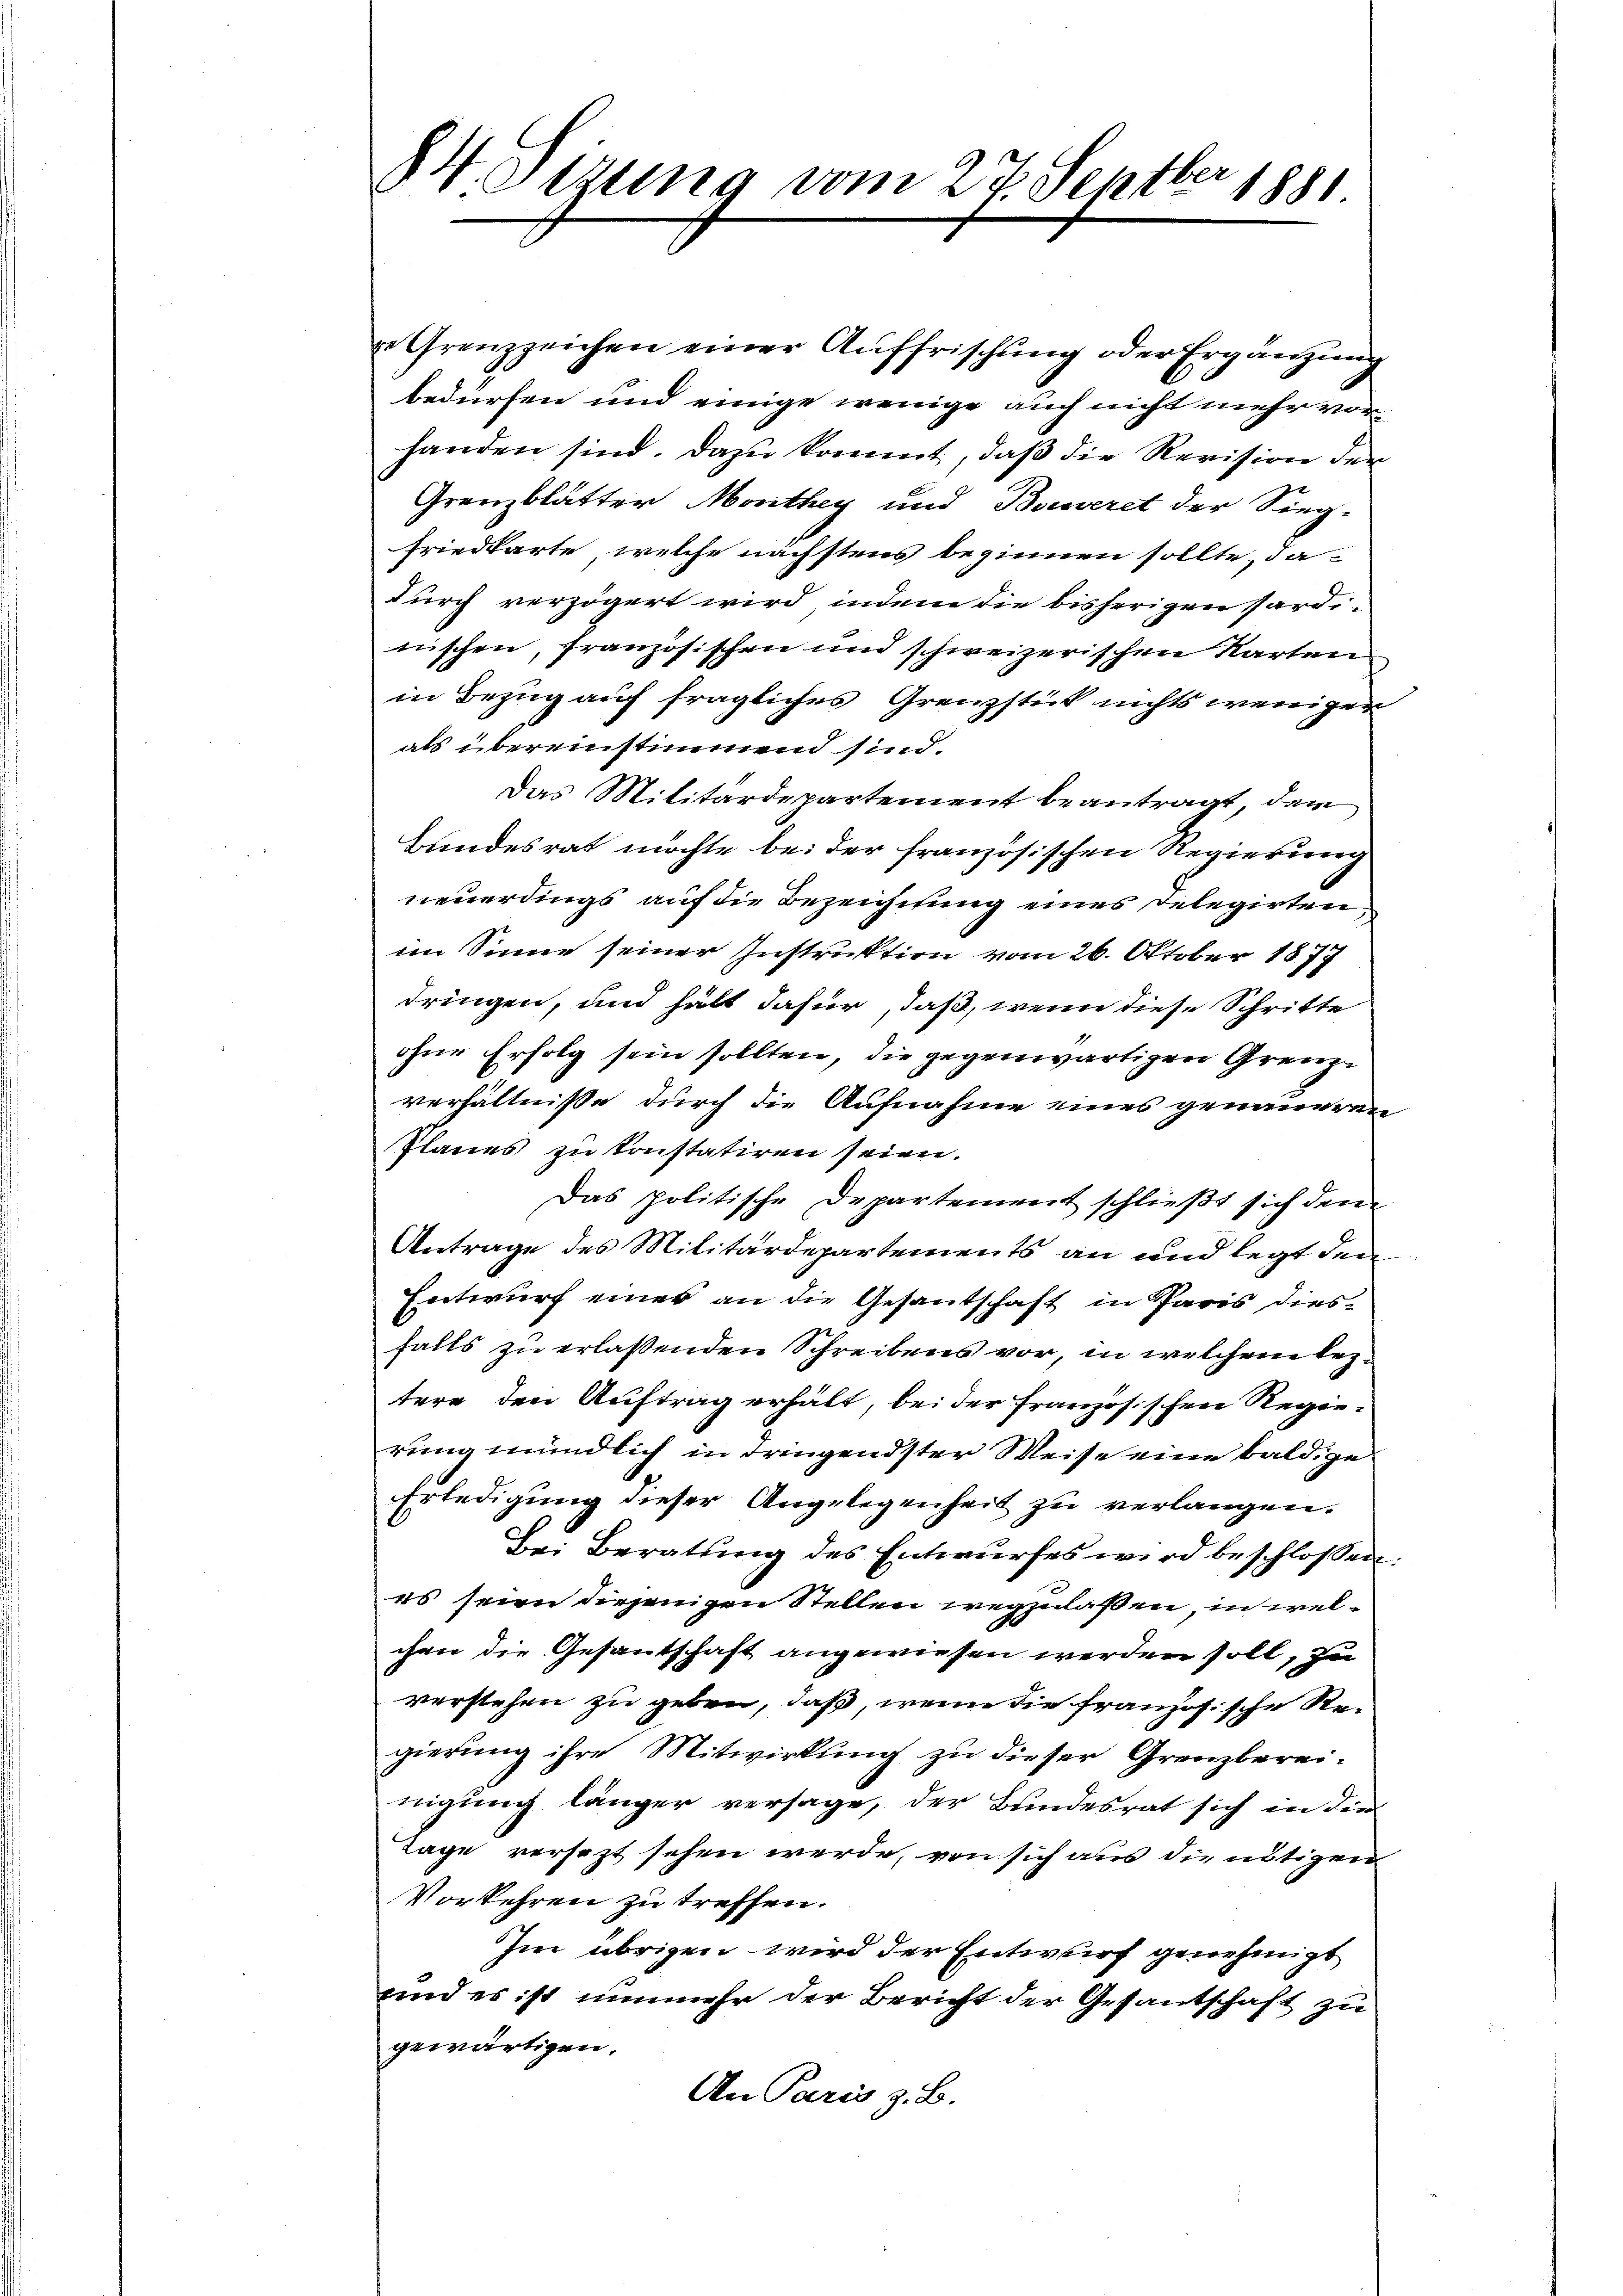
84. Stzung vom 27. Septber 1881

Grenzzeichen einer Aŭffrischŭng oder Ergänzŭng
bedürfen und einige wenige auch nicht mehr vor
handen sind. Dazu kommt, daß die Revision der
Grenzblätter Monthey und Beweret der Sieg-
Friedkarte, welche nächstens beginnen sollte, da-
durch verzögert wird, indem die bisherigen Pardi-
nischen, französischen und schweizerischen Karten
in Bezug auf fragliches Grenzstück nichts weniger
als übereinstimmend sind.
Das Militärdepartement beantragt, der
Bundesrat möchte bei der französischen Regierung
neuerdings auf die Bezeichtung eines Delegirten,
im Sinne seiner Instruktion vom 26. Oktober 1877
dringen, und hält dafür, daß, wenn diese Schritte
ohne Erfolg sein sollten, die gegenwärtigen Grenze
verhältnisse durch die Aufnahme eines genaueren
Planes zu konstatiren seien.
Das politische Departement schlieβt sich den
Antrage des Militärdepartements an und legt den
Entwurf eines an die Gesantschaft in Paris diesfalls zu erlassenden Schreibens vor, in welchem leztere den Auftrag erhält, bei der Französischen Regierung mündlich in dringendster Weise eine baldige
Erledigung dieser Angelegenheit zu verlangen.
Bei Beratung des Entwurfes wird beschlossen:
es seien diejenigen Stellen wegzulaßen, in welchen die Gesantschaft angewiesen werden soll, zu
verstehen zu geben, daß, wenn die französische Regierung ihre Mitwirkung zu dieser Grenzberei-
nigung länger versage, der Bundesrat sich in die
Tage versezt sehen werde, von sich aus die nötigen
Vorkehren zu treffen.
Im übrigen wird der Entwurf genehmigt
und es ist nunmehr der Bericht der Gesantschaft zu
gewärtigen.
An Paris z. B.